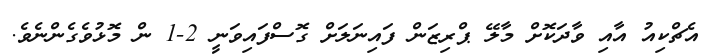
އެޗްކިއު އާއި ވާދަކޮށް މާލޭ ޕްރިޒަން ފައިނަލަށް ގޮސްފައިވަނީ 2-1 ން މޮޅުވެގެންނެވެ.